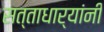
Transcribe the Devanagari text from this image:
सत्ताधार्‍यांनी